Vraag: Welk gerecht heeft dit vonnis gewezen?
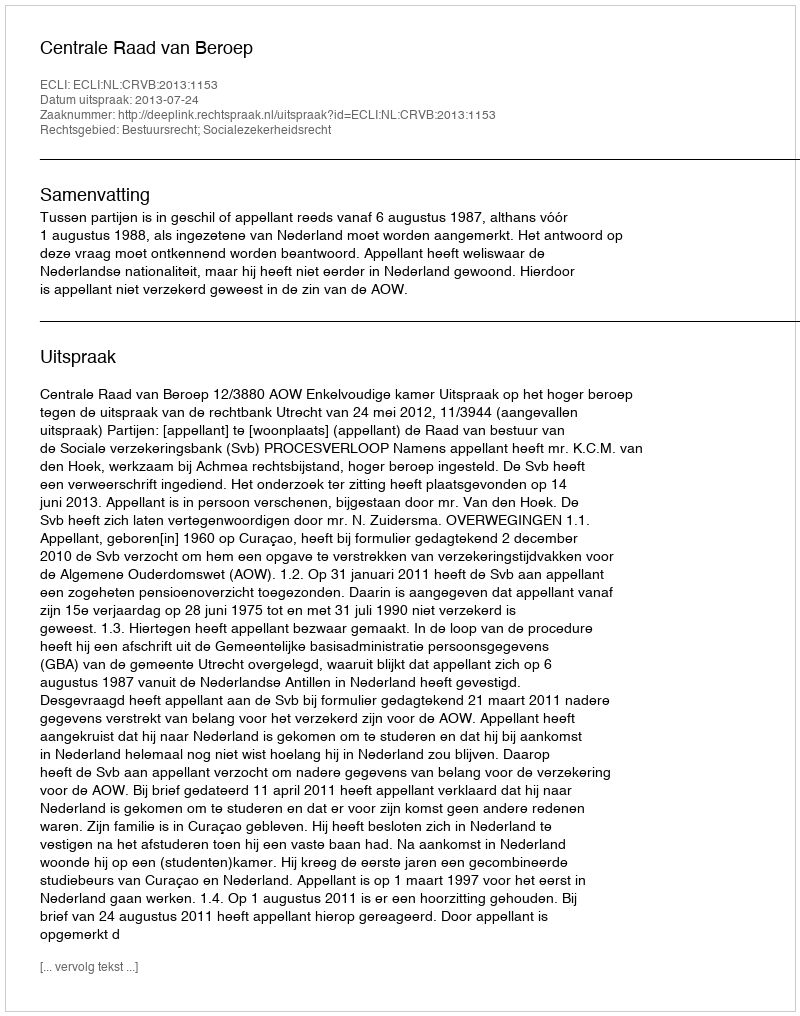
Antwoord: Centrale Raad van Beroep